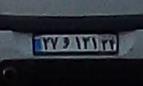
۳۷و۱۳۱۲۴